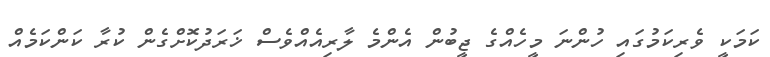
ކަމަކީ ވެރިކަމުގައި ހުންނަ މީހެއްގެ ޖީބުން އެންމެ ލާރިއެއްވެސް ޚަރަދުކޮށްގެން ކުރާ ކަންކަމެއް